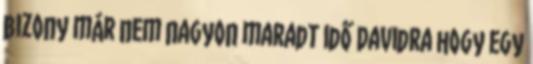
bizony már nem nagyon maradt idő Davidra hogy egy